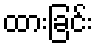
ထားခြင်း